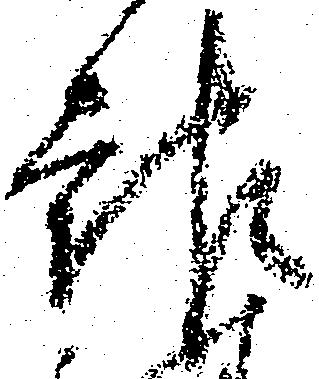
報